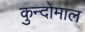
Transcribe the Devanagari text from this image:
कुन्दोमाल